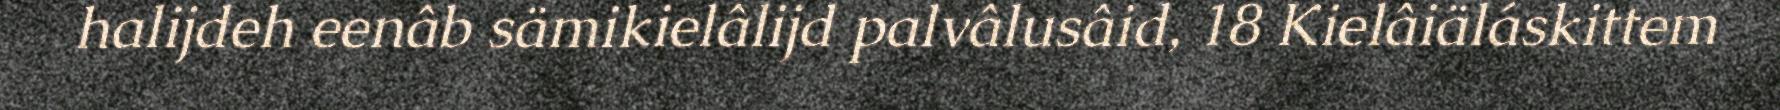
halijdeh eenâb sämikielâlijd palvâlusâid, 18 Kielâiäláskittem